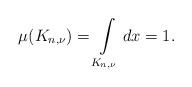
LaTeX: \begin{align*}\mu(K_{n,\nu})=\int\limits_{K_{n,\nu}}dx=1.\end{align*}